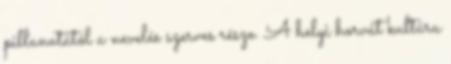
pillanatától a nevelés szerves része. A helyi horvát kultúra